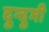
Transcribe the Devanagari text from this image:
दुन्दुभी